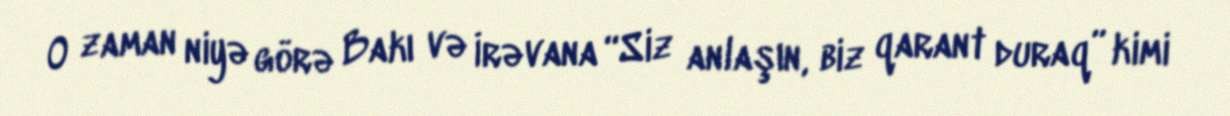
O zaman niyə görə Bakı və İrəvana “Siz anlaşın, biz qarant duraq” kimi